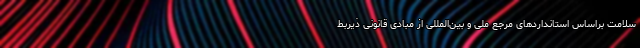
سلامت براساس استانداردهای مرجع ملی و بین‌المللی از مبادی قانونی ذیربط